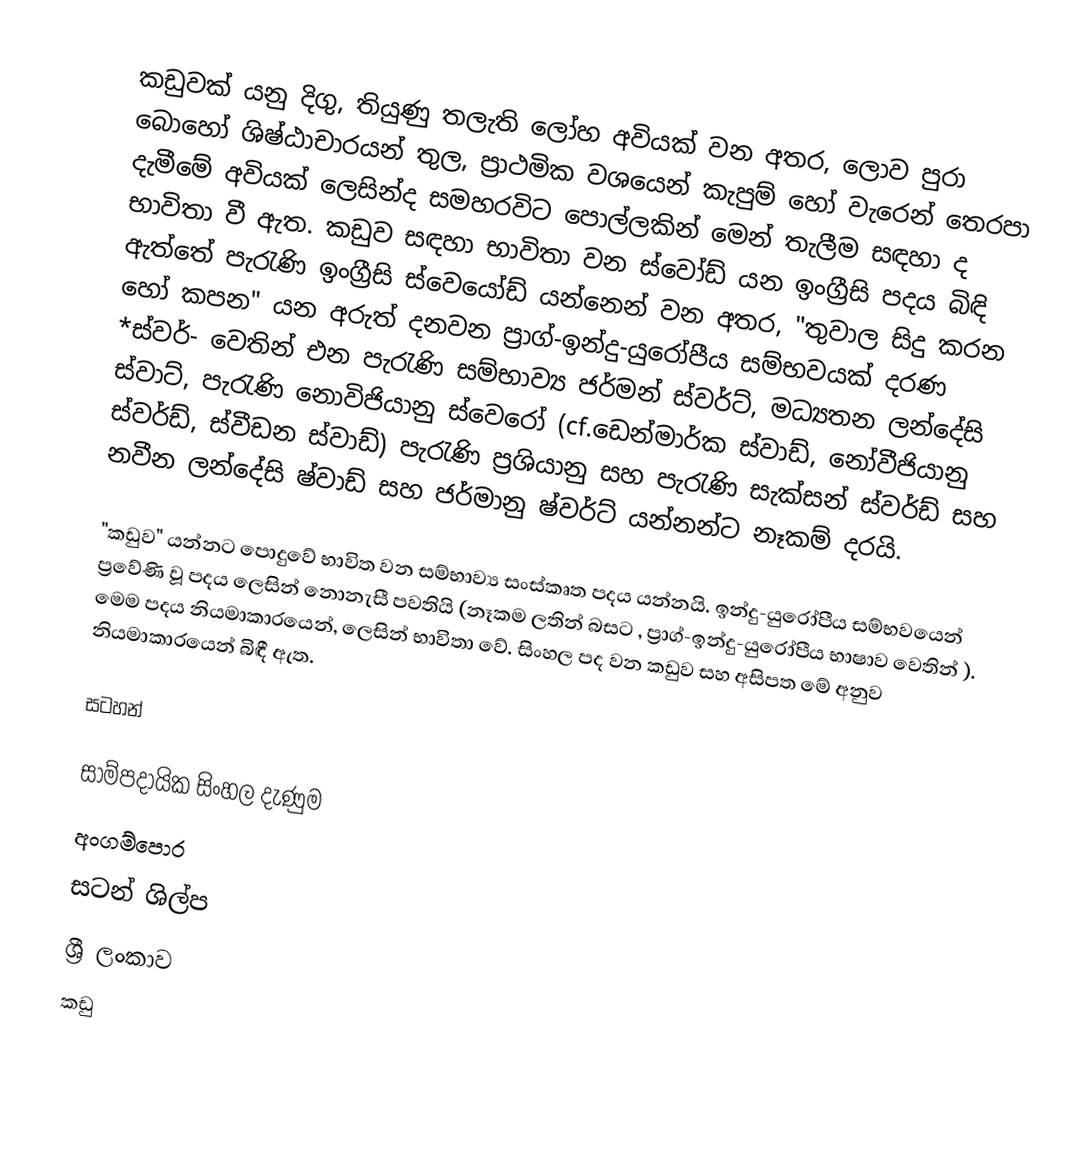
කඩුවක් යනු දිගු, තියුණු තලැති ලෝහ අවියක් වන අතර, ලොව පුරා බොහෝ ශිෂ්ඨාචාරයන් තුල, ප්‍රාථමික වශයෙන් කැපුම් හෝ වැරෙන් තෙරපා දැමීමේ අවියක් ලෙසින්ද සමහරවිට පොල්ලකින් මෙන් තැලීම සඳහා ද භාවිතා වී ඇත. කඩුව සඳහා භාවිතා වන  ස්වෝඩ් යන ඉංග්‍රීසි පදය බිඳි ඇත්තේ පැරැණි ඉංග්‍රීසි ස්වෙයෝඩ් යන්නෙන් වන අතර, "තුවාල සිදු කරන හෝ කපන" යන අරුත් දනවන ප්‍රාග්-ඉන්දු-යුරෝපීය සම්භවයක් දරණ *ස්වර්- වෙතින් එන පැරැණි  සම්භාව්‍ය ජර්මන් ස්වර්ට්, මධ්‍යතන ලන්දේසි ස්වාට්, පැරැණි නොවිජියානු ස්වෙරෝ (cf.ඩෙන්මාර්ක ස්වාඩ්, නෝවීජියානු ස්වර්ඩ්, ස්වීඩන ස්වාඩ්) පැරැණි ප්‍රශියානු සහ  පැරැණි සැක්සන් ස්වර්ඩ් සහ නවීන ලන්දේසි ෂ්වාඩ් සහ ජර්මානු ෂ්වර්ට් යන්නන්ට නෑකම් දරයි.

"කඩුව" යන්නට ‍පොදුවේ භාවිත වන සම්භාව්‍ය සංස්කෘත පදය  යන්නයි. ඉන්දු-යුරෝපීය සම්භවයෙන් ප්‍රවේණි වූ පදය   ලෙසින් නොනැසී පවතියි (නෑකම ලතින් බසට , ප්‍රාග්-ඉන්දු-යුරෝපීය භාෂාව වෙතින් ). මෙම පදය නියමාකාරයෙන්,  ලෙසින් භාවිතා වේ. සිංහල පද වන කඩුව සහ අසිපත මේ අනුව නියමාකාරයෙන් බිඳී ඇත.

සටහන්

සාම්පදායික සිංහල දැණුම
අංගම්පොර
සටන් ශිල්ප
ශ්‍රී ලංකාව
කඩු